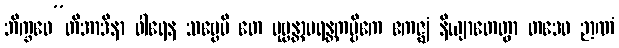
ဘိက္ခဝေ”တိအာဒိနာ ဝါရေန သဗ္ဗေပိ တေ ပုဗ္ဗန္တာပရန္တကပ္ပိကေ ဧကဇ္ဈံ နိယျာတေတွာ တဒေဝ ဉာဏံ